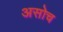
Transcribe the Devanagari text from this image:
असोच